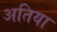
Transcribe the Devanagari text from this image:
अतिया